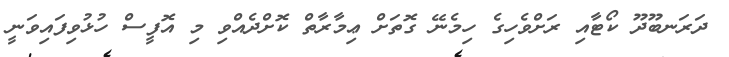
ދަރަނބޫދޫ ކޯޓާއި ރަށްވެހިގެ ހިމެނޭ ގޮތަށް ޢިމާރާތް ކޮށްދެއްވި މި އޮފީސް ހުޅުވިފައިވަނީ